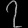
Digit: ၇